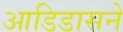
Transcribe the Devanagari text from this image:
आडिडासने